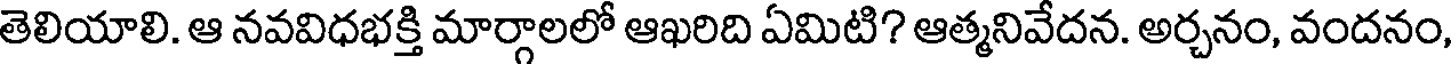
తెలియాలి. ఆ నవవిధభక్తి మార్గాలలో ఆఖరిది ఏమిటి? ఆత్మనివేదన. అర్చనం, వందనం,